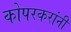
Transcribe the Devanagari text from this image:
कोपरकरांनी